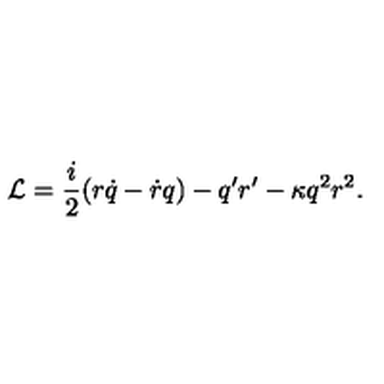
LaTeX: { \cal L } = \frac { i } { 2 } ( r \dot { q } - \dot { r } q ) - q ^ { \prime } r ^ { \prime } - \kappa q ^ { 2 } r ^ { 2 } .